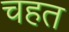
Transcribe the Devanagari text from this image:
चहत